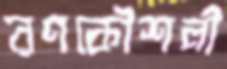
রণকৌশলী